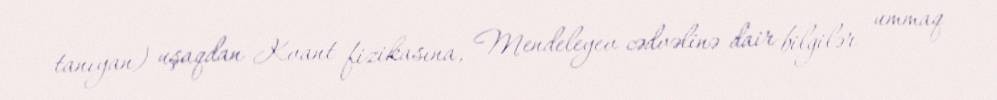
tanıyan) uşaqdan Kvant fizikasına, Mendeleyev cədvəlinə dair bilgilər ummaq